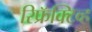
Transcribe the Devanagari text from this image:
रिफ्रॅक्‍टिव्ह